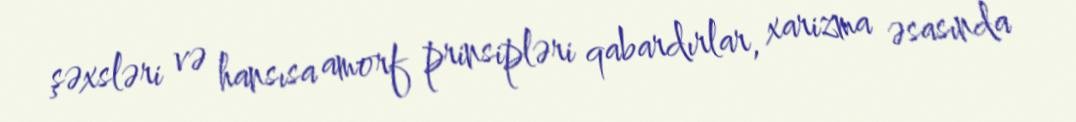
şəxsləri və hansısa amorf prinsipləri qabardırlar, xarizma əsasında